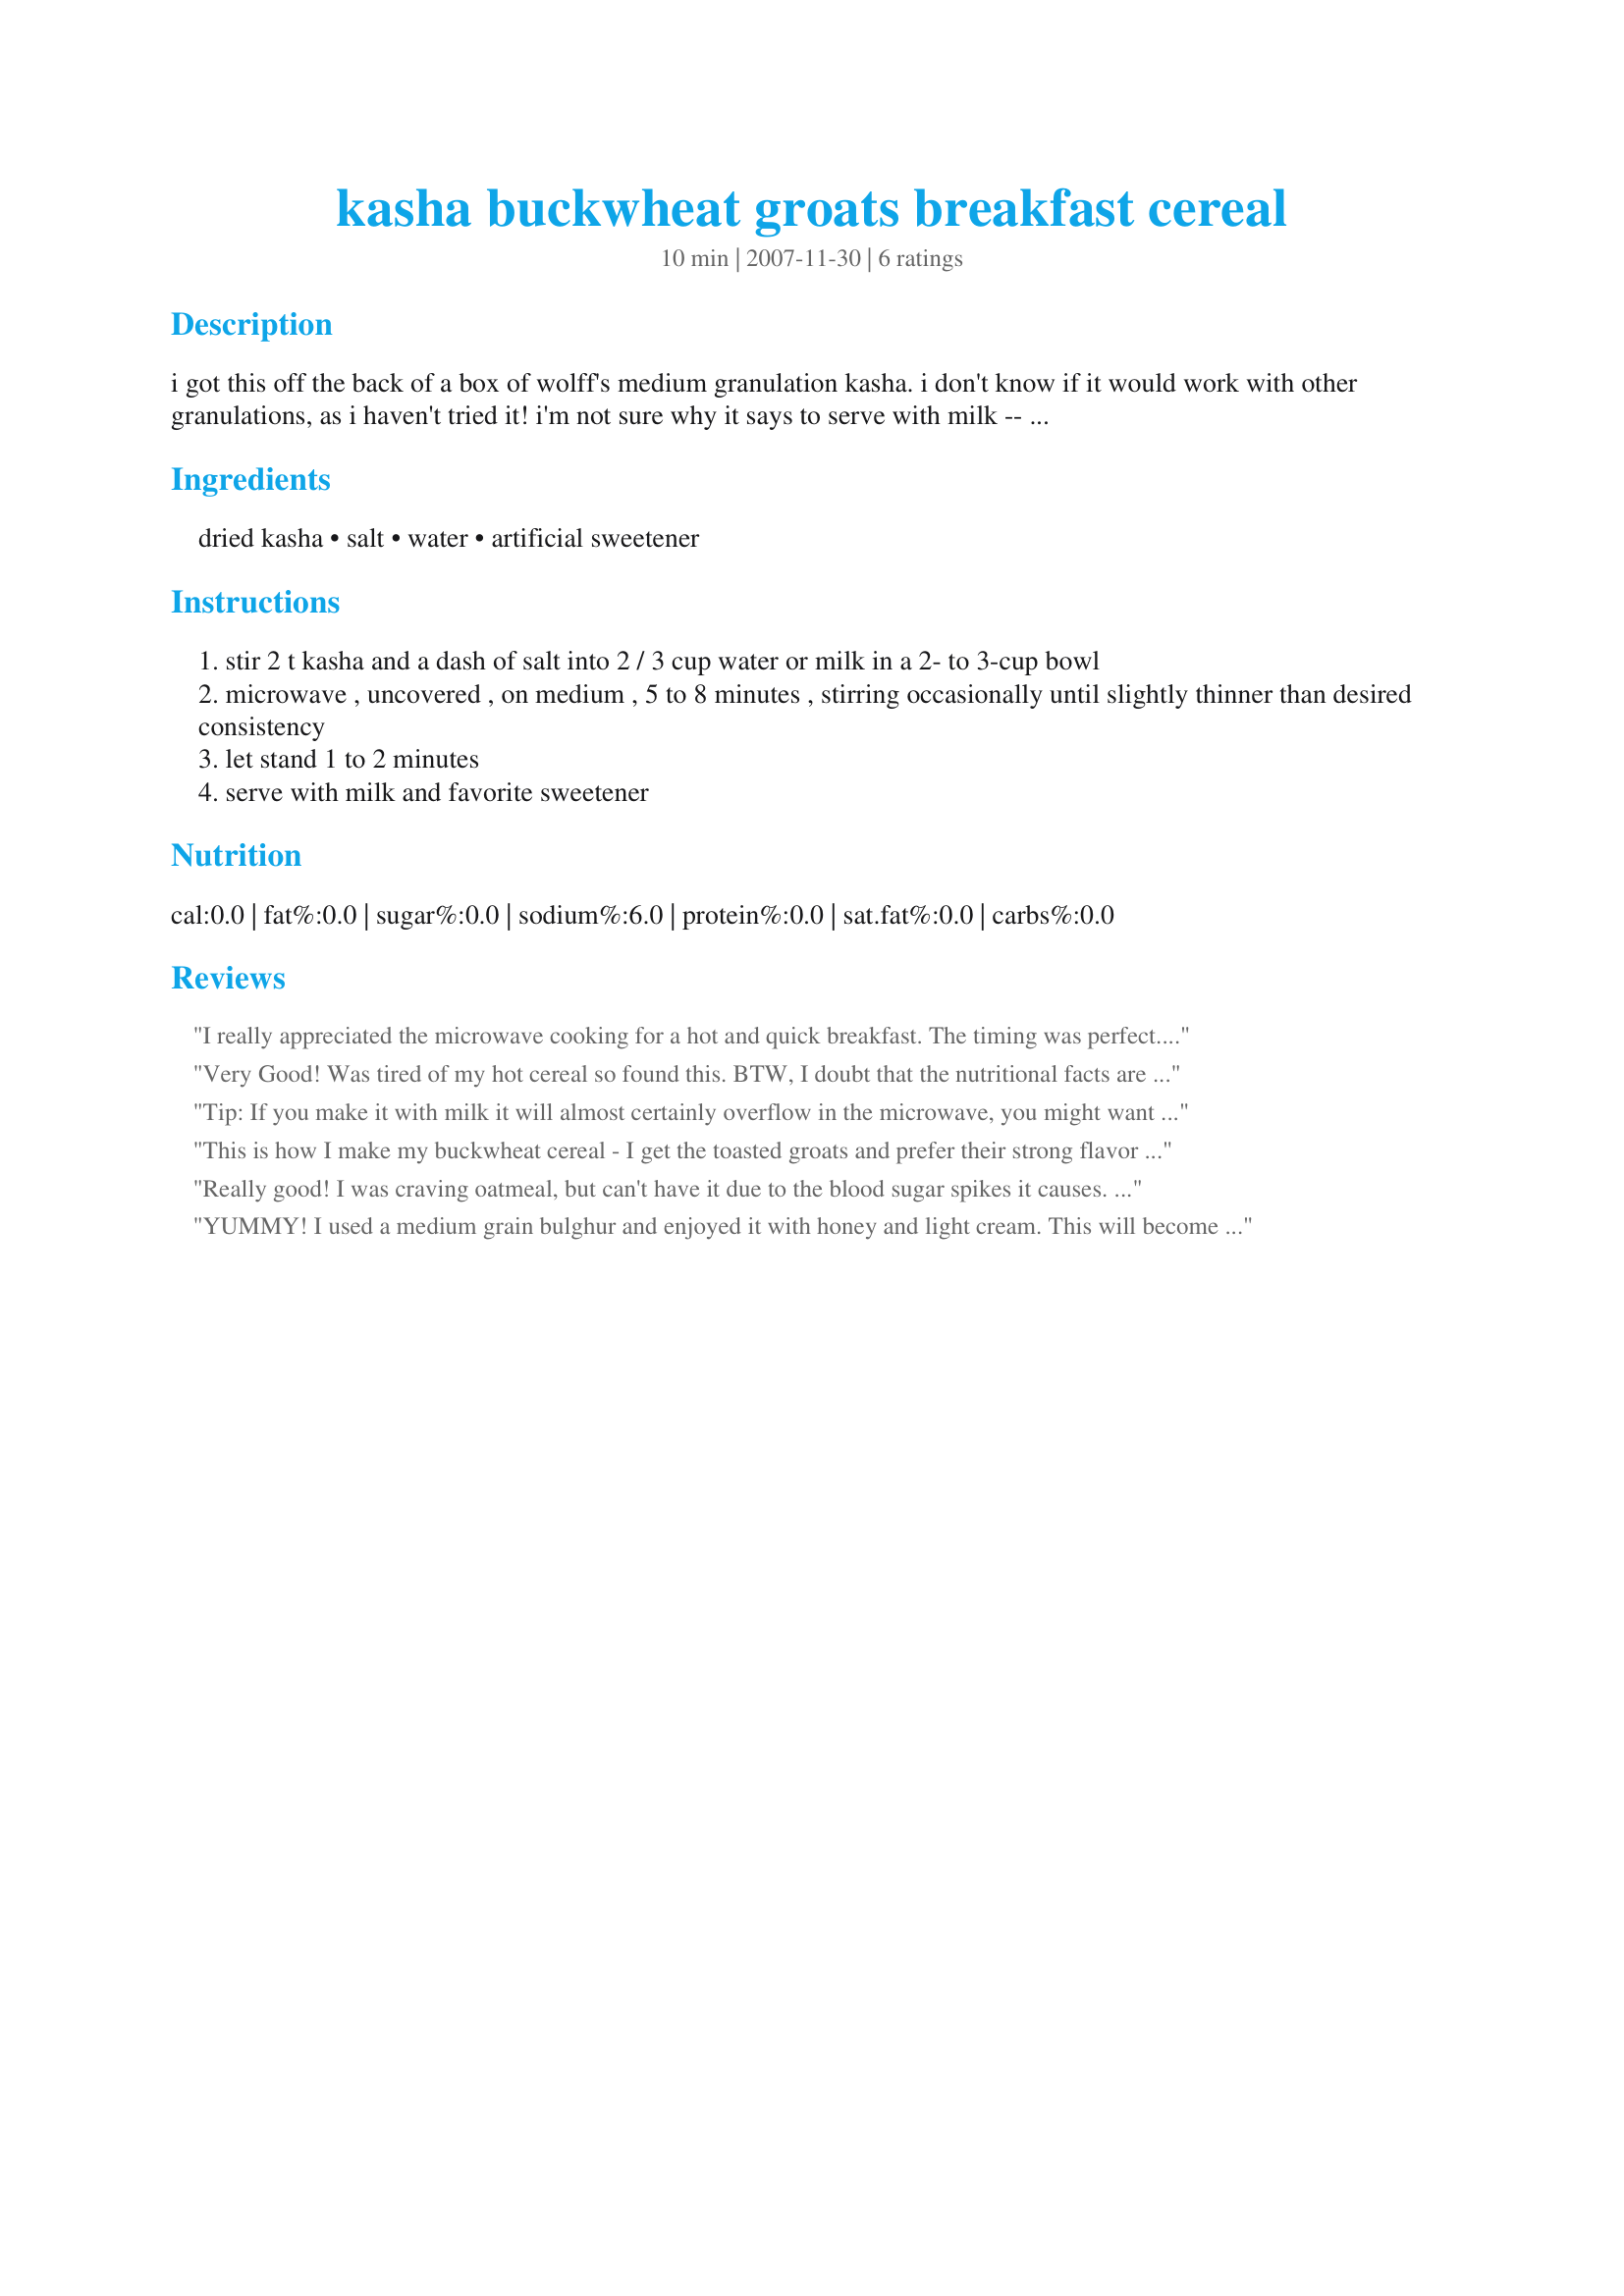
kasha buckwheat groats breakfast cereal
Preparation time: 10 minutes

i got this off the back of a box of wolff's medium granulation kasha. i don't know if it would work with other granulations, as i haven't tried it! i'm not sure why it says to serve with milk -- i just treated it as if it were microwaved instant oatmeal, and added a couple of packets of splenda at the end.
edited to add that the nutrition facts are obviously incorrect -- two tablespoons of dried kasha are 85 calories, so if you use water, that should be the calorie count.

Ingredients:
dried kasha, salt, water, artificial sweetener

Steps:
stir 2 t kasha and a dash of salt into 2 / 3 cup water or milk in a 2- to 3-cup bowl
microwave , uncovered , on medium , 5 to 8 minutes , stirring occasionally until slightly thinner than desired consistency
let stand 1 to 2 minutes
serve with milk and favorite sweetener

Reviews:
I really appreciated the microwave cooking for a hot and quick breakfast. The timing was perfect. I served the cooked cereal topped with maple glazed apples and walnuts. Delicious.
Very Good! Was tired of my hot cereal so found this. BTW, I doubt that the nutritional facts are correct though.....or are they? If so, it would be a wonderful addition to someone dieting, I was fully happy with this amount!
Tip: If you make it with milk it will almost certainly overflow in the microwave, you might want to make it with water and put milk/cream on top instead.
This is how I make my buckwheat cereal - I get the toasted groats and prefer their strong flavor without sweetener or anything else; I cook it in water and just add a little coconut oil while it's cooking and some salt, and I add some almond milk once it's in the bowl. This stuff rocks, but it probably helps to be Russian.
Really good! I was craving oatmeal, but can't have it due to the blood sugar spikes it causes. I will say that I will LISTEN to the reviews of those who came before me next time, as I tried to make this with soy milk and ended up having to just cook it on the stove top, as it kept overflowing even when I watched it. I'll try again with just water, using a bigger bowl, and see if that turns out for me. Used plain soy milk, added cinnamon, and a touch of agave to sweeten. Word of advice, if you think your bowl is right, go up a size... ;-) Your microwave will thank you. Thanks for sharing!
YUMMY! I used a medium grain bulghur and enjoyed it with honey and light cream. This will become a regular when craving warm whole grain comfort. Freddy Cat says hi! Made for Recipe Swap #14, the Jolly Jumbucks team!
